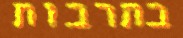
בתרבות